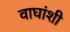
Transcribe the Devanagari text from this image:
वाघांशी